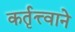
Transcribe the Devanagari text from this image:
कर्तृत्त्वाने